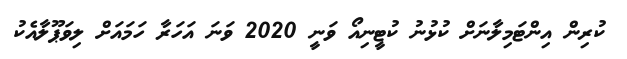
ކުރިން އިންޓަމިލާނަށް ކުޅުނު ކުޓީނިއޯ ވަނީ 2020 ވަނަ އަހަރާ ހަމައަށް ލިވަޕޫލާއެކު